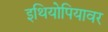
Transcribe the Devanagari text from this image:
इथियोपियावर